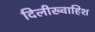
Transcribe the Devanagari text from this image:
दिलीख्वाहिश